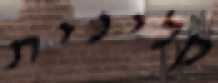
קלינית